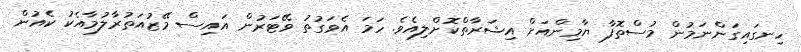
ހިނގައިގަންނަމުން މުސްތޮފާ ޔާމިންއަށް އިޝަރާތްކޮށްލިއެވެ. ހަމަ އެވަގުތު ވޭޓަރުން އައިސް މޭޒުއަތުރާލުމާއެކު ކެއުން